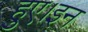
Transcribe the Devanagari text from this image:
हुए।इन